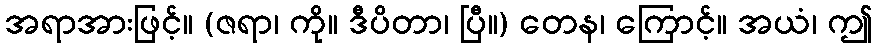
အရာအားဖြင့်။ (ဇရာ၊ ကို။ ဒီပိတာ၊ ပြီ။) တေန၊ ကြောင့်။ အယံ၊ ဤ